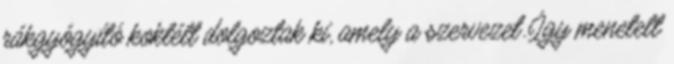
rákgyógyító koktélt dolgoztak ki, amely a szervezet. Így menetelt